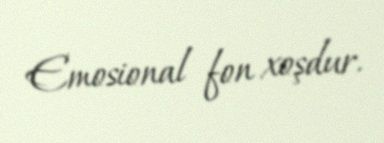
Emosional fon xoşdur.